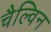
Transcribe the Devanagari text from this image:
चैल्विन